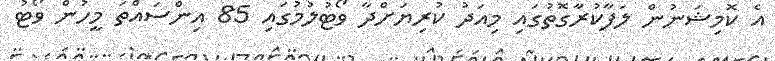
އެ ކޮމިޝަނުން ލަފާކުރާގޮތުގައި މިއަދު ކުރިޔަށްދާ ވޯޓުލުމުގައި 85 އިންސައްތަ މީހުން ވޯޓު